Civil Veterinary Department Bihar & Orissa reports 1922-29 - 1922-1929
Year: 1922
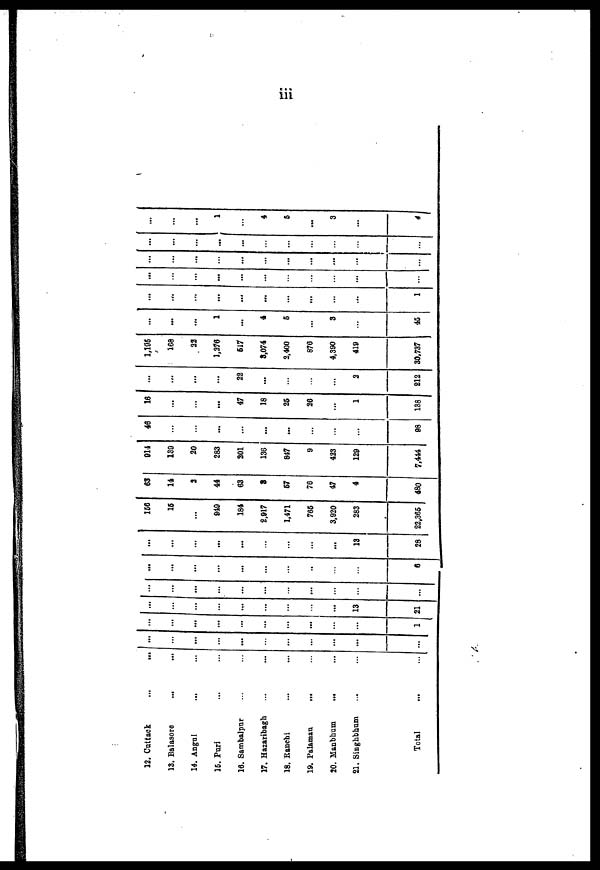
iii
12. Cuttack ... ...
13. Balasore ... ...
14. Angul ... ...
16. Puri ... ...
16. Sambalpur ... ...
17. Hazaribagh ... ...
18. Ranchi ... ...
19. Palamau ... ...
20. Manbhum ... ...
21. Singhbhum ... ...
Total ... ...
...
...
...
...
...
...
...
...
...
...
...
...
...
...
...
...
...
...
...
...
...
1
...
...
...
...
...
...
...
...
...
13
21
...
...
...
...
...
...
...
...
...
...
...
...
...
...
...
...
...
...
...
...
...
6
...
...
...
...
...
...
...
...
...
13
28
156
16
...
849
184
2,917
1,471
765
3,920
283
22,365
63
14
2
44
63
3
57
76
47
4
480
914
139
20
283
201
136
847
9
423
129
7,444
46
...
...
...
...
...
...
...
...
...
98
16
...
...
...
47
18
25
26
...
1
138
...
...
...
...
22
...
...
...
...
2
212
1,195
168
22
1,276
617
3,074
2,400
876
4,390
419
30,737
...
...
...
1
...
4
5
...
3
...
45
...
...
...
...
...
...
...
...
...
...
1
...
...
...
...
...
...
...
...
...
...
...
...
...
...
...
...
...
...
...
...
...
...
...
...
...
...
...
...
...
...
...
...
...
,..
...
...
1
...
4
5
...
3
...
4